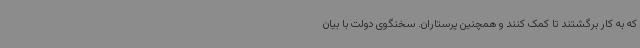
که به کار برگشتند تا کمک کنند و همچنین پرستاران. سخنگوی دولت با بیان